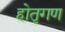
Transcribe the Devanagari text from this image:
होतृगण